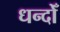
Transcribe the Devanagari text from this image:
धन्दोँ